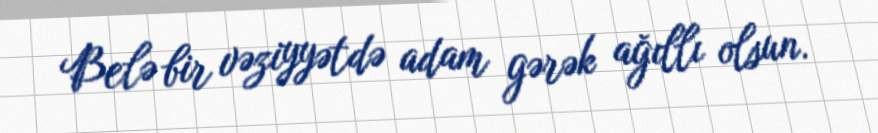
Belə bir vəziyyətdə adam gərək ağıllı olsun.